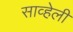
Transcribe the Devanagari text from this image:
साव्हेली